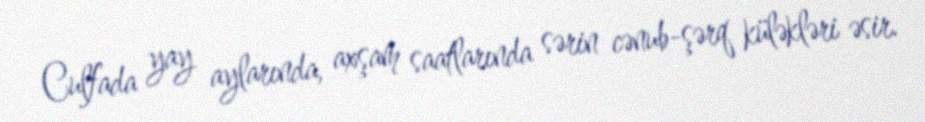
Culfada yay aylarında, axşam saatlarında sərin cənub-şərq küləkləri əsir.